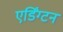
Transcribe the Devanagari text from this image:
एर्डिंग्टन